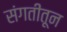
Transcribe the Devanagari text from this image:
संगतीतून